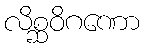
လိစ္ဆဝိဂဏော